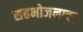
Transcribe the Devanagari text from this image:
सहभोजनाचा